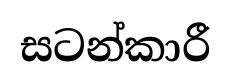
සටන්කාරී